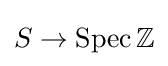
S\to \operatorname {Spec} \mathbb {Z}